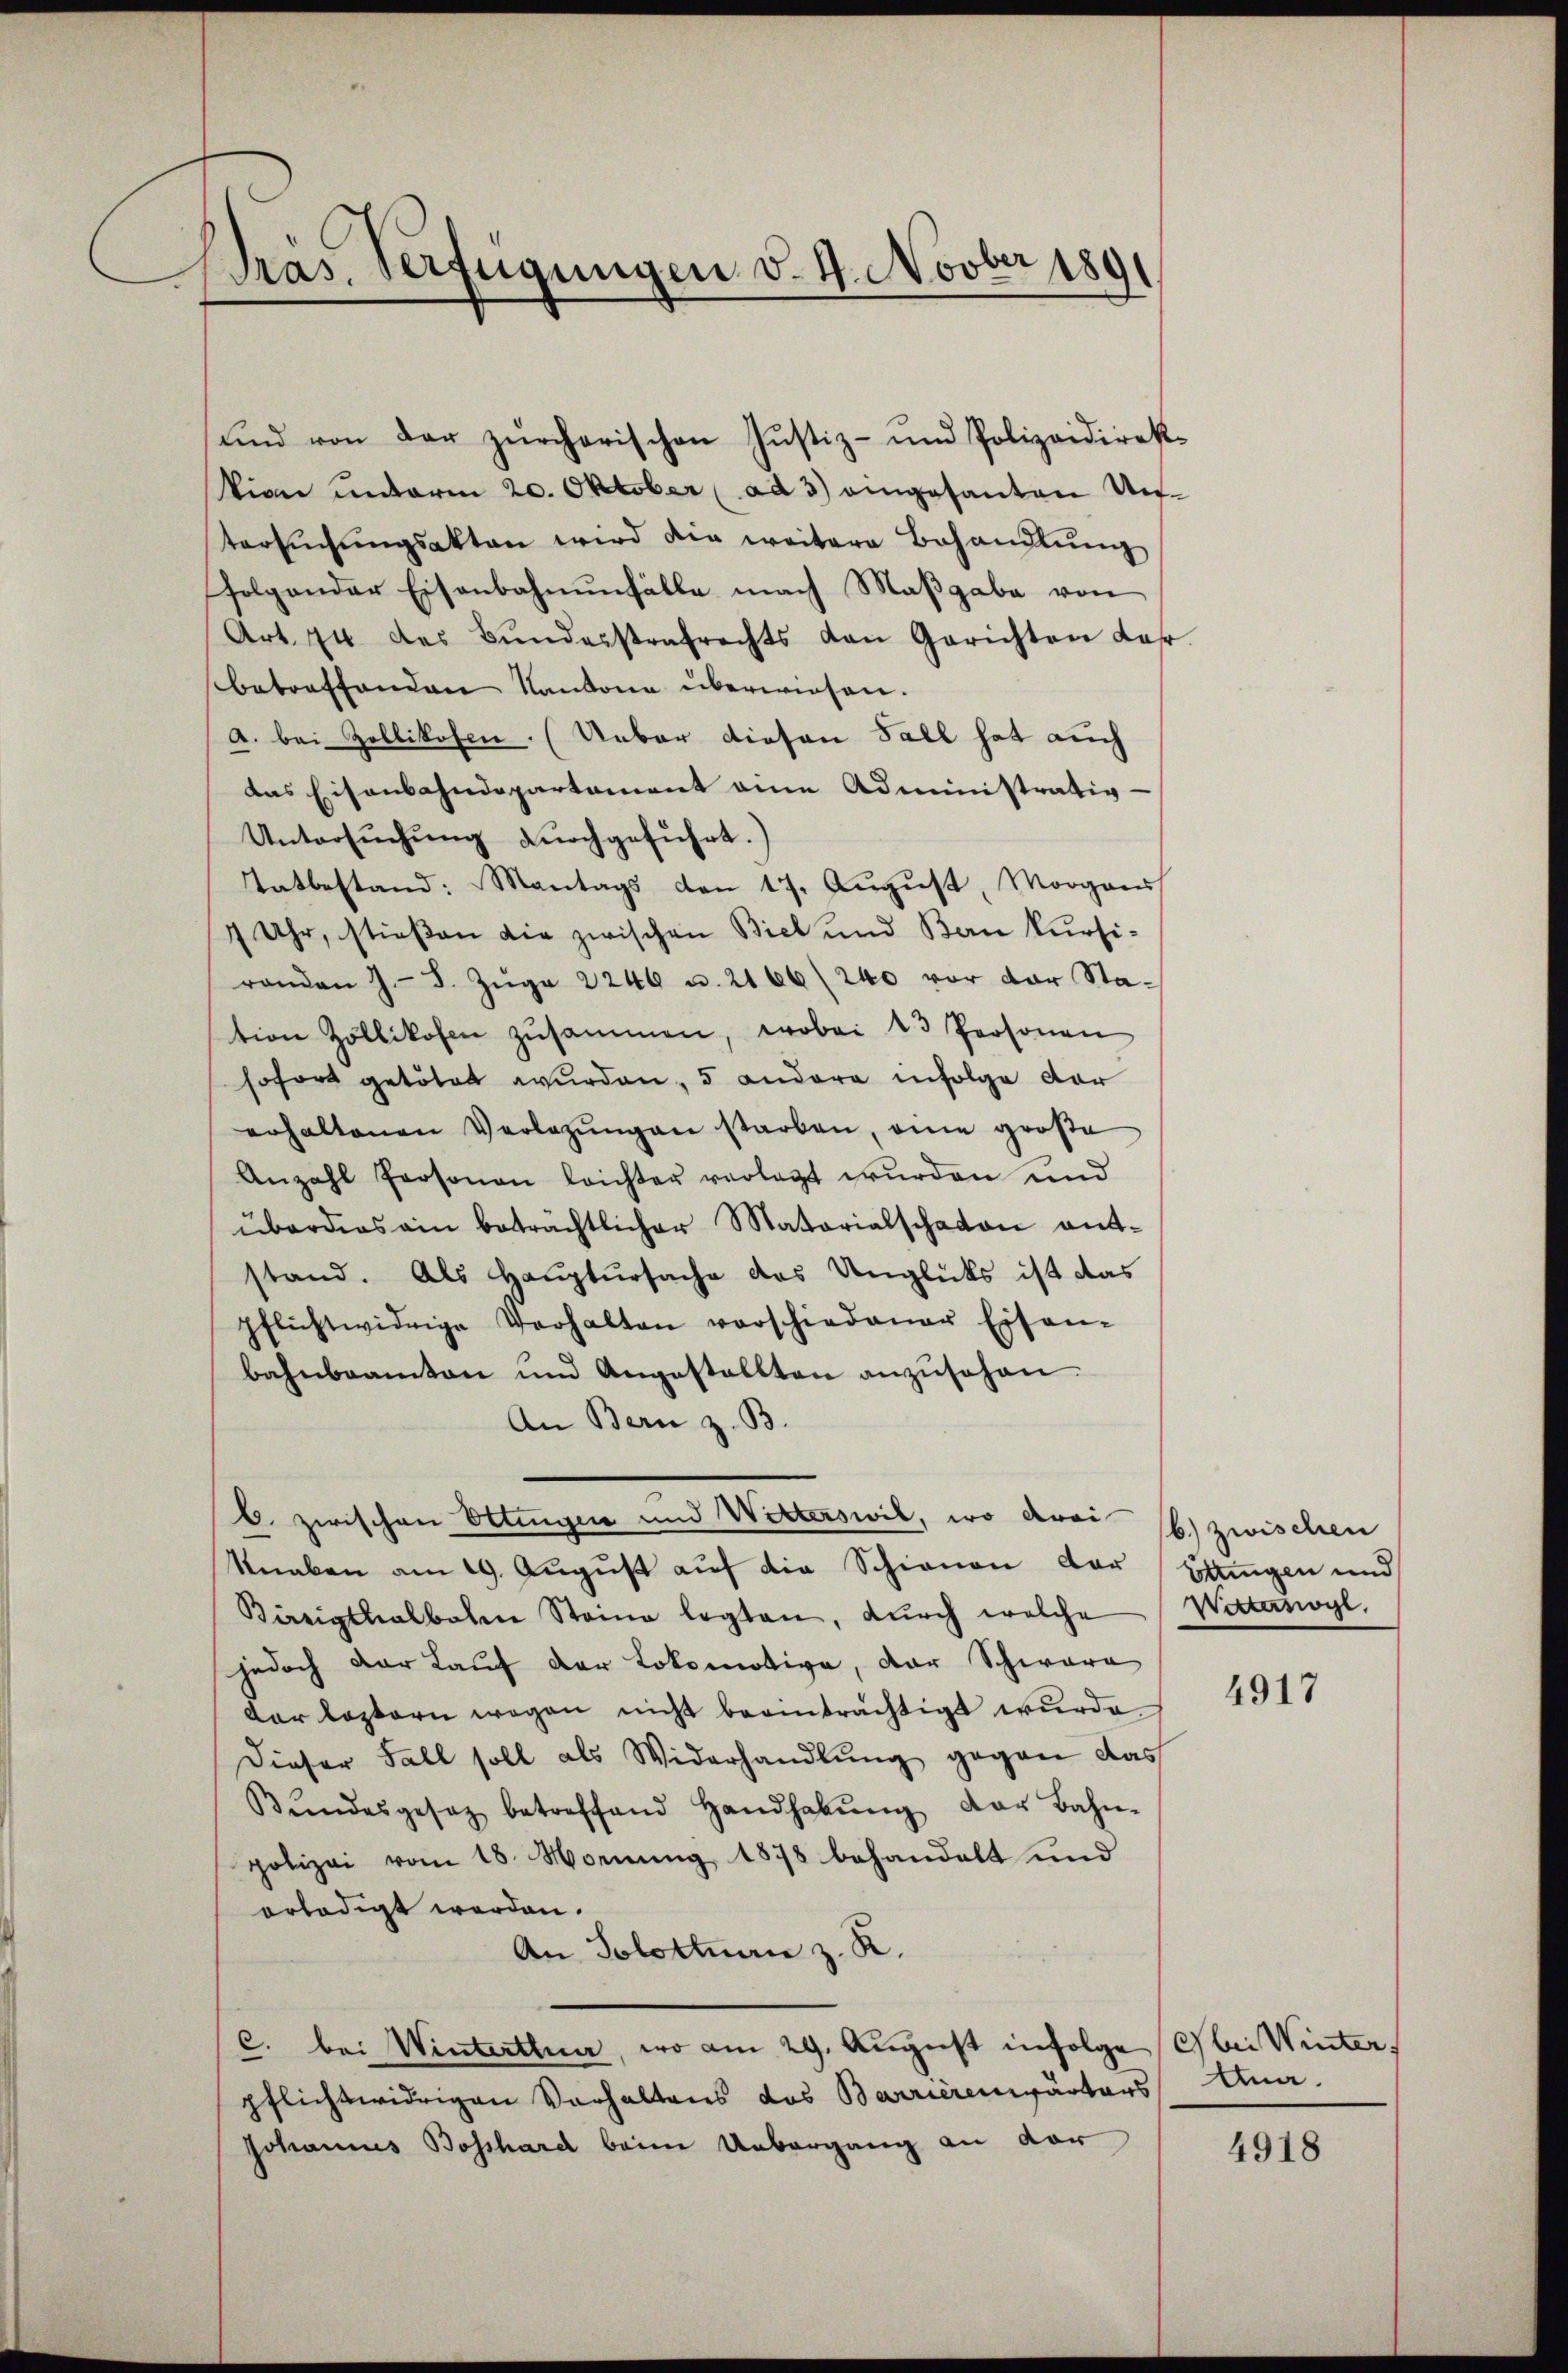
ras. Verfügungen v. 4. Novber 1891

ŭnd von der zürcherischen Justiz- und Polizeidirek¬
Vion unterm 20. Oktober (ad 3) eingesanten Untersŭchŭngsakten wird die weitere Behandlŭng
folgender Eisenbahnŭnfälle nach Maßgabe von
Art. 74 des Bŭndesstrafrechts von Gerichten Jahr
betreffenden Kantone überwiesen.
a. bei Zollikofen. (Ueber diesen Fall hat auch
das Eisenbahndepartement eine Administrativ-
Untersŭchŭng dŭrchgeführt.)
Tatbestand: Mantags den 17. Aŭgŭst, Morgans
7 Uhr, stießen die zwischen Biel und Bon kursiranden J. J. Zŭge 2246 u. 2166/ 240 vor der Sta-
tion Zollikofen zŭsammen, wobei 13 Personen
sofort getötet wurden, 5 andere infolge dor
erhaltenen Verlegŭngen starben, eine große
Anzahl Personen leichter verlegt wurden und
überdies ain beträchtlicher Materialschaten antstand. Als Haŭptŭrsache das Unglüks ist das
pflichtwidrige Verhalten vorschiedener Eisen-
bahnbeamten und Angestellten anzŭsehen.
An Bern z. B.
b. zwischen Ottingen und Witterswil, wo drei (b) zwischen
Knaben am 19. August auf die Schienen der Stringen und
Birrigthalbahen Steine legten, durch welche
jedoch der Lauf der Lokomotive, der Schware
dar leztern wegen nicht beeinträchtigt wurde.
Dieser Fall soll als Widerhandlung gegen das
Bŭndesgesetz betreffend Handhabŭng der Bahn-
polizei vom 18. Mornung, 1878 behandelt und
erledigt werden.
An Solotten z. R.
c. bei Winterthun, wo am 29. August infolge bei Winter
pflichtwidrigen Vorhaltens das Barrierenwärters Ana¬
Johannes Bosshard beim Uebergang an vor

Wottasoge

4917

4918